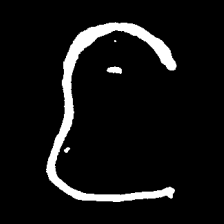
Pyu character \u2014 Myanmar letter: င (romanized: nga)